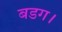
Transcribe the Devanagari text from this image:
बडग।